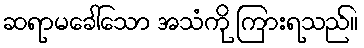
ဆရာမခေါ်သော အသံကို ကြားရသည်။